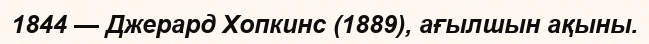
1844 — Джерард Хопкинс (1889), ағылшын ақыны.